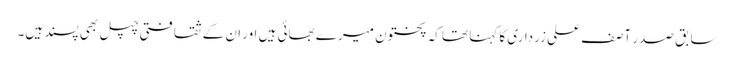
سابق صدر آصف علی زرداری کا کہنا تھا کہ پختون میرے بھائی ہیں اور ان کے ثقافتی چپل بھی پسند ہیں۔